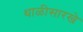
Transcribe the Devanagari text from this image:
थाळीसारखे